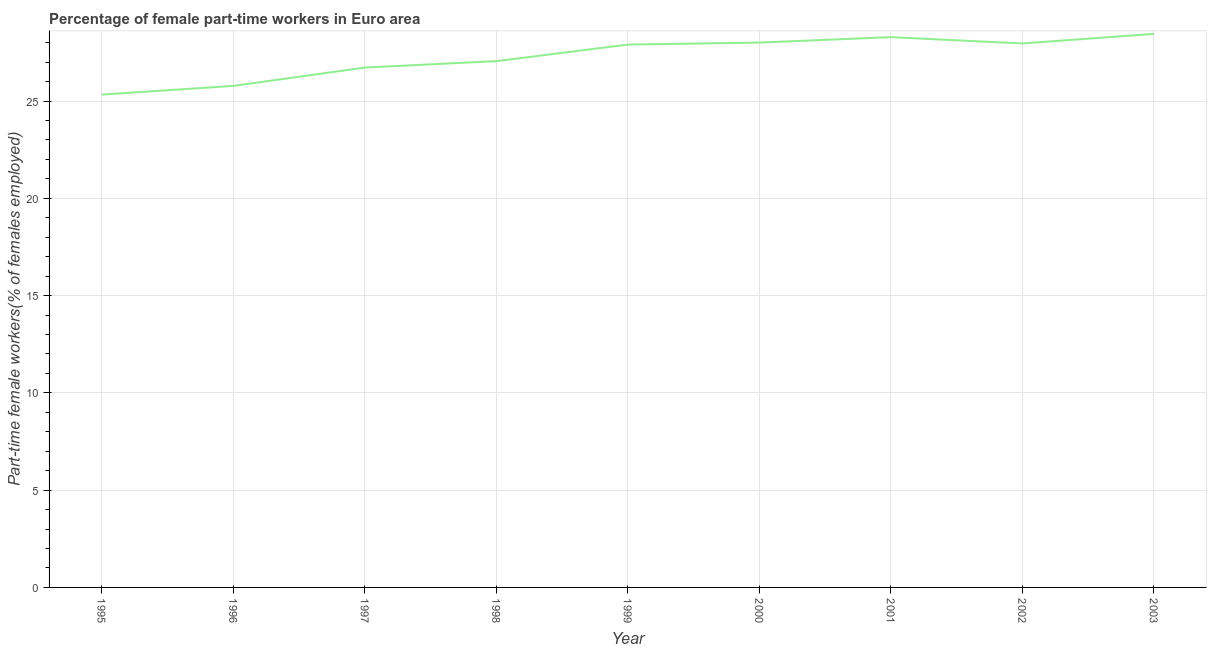
| Year | Part time employment |
 | --- | --- |
 | 1995 | 25.3 |
 | 1996 | 25.8 |
 | 1997 | 26.7 |
 | 1998 | 27.1 |
 | 1999 | 27.9 |
 | 2000 | 28 |
 | 2001 | 28.3 |
 | 2002 | 28 |
 | 2003 | 28.5 |